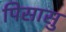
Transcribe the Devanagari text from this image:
पिसासु